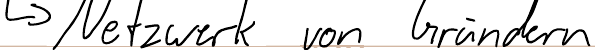
-> Netzwerk von Gründern